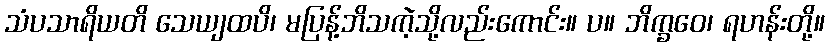
သံပသာရိယတိ သေယျထပိ၊ မပြန့်ဘိသကဲ့သို့လည်းကောင်း။ ပ။ ဘိက္ခဝေ၊ ရဟန်းတို့။